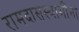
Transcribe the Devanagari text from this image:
रामदासस्वामींना